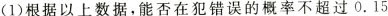
(1)根据以上数据，能否在犯错误的概率不超过0.15